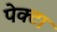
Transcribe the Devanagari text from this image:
पेक्टा